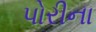
પોરીના